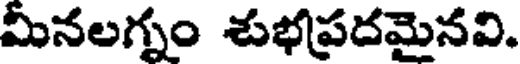
మీనలగ్నం శుభప్రదమైనవి.